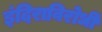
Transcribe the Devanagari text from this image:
इंदिराविरोधी